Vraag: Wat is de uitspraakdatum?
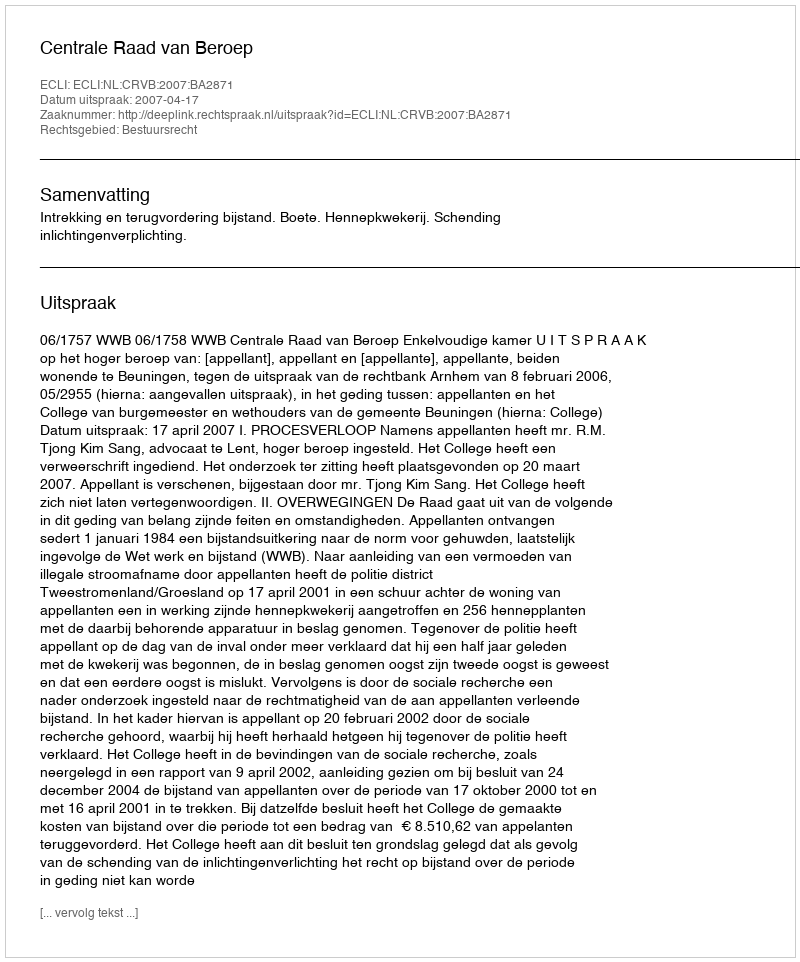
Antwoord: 2007-04-17